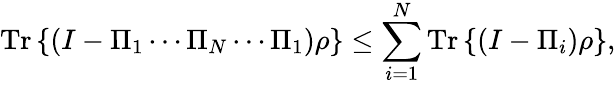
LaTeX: {\mathrm{Tr}}\left\{ \left(I-\Pi_{1}\cdots\Pi_{N}\cdots\Pi_{1}\right)\rho\right\} \leq\sum_{i=1}^{N}{\mathrm{Tr}}\left\{ \left(I-\Pi_{i}\right)\rho\right\} ,